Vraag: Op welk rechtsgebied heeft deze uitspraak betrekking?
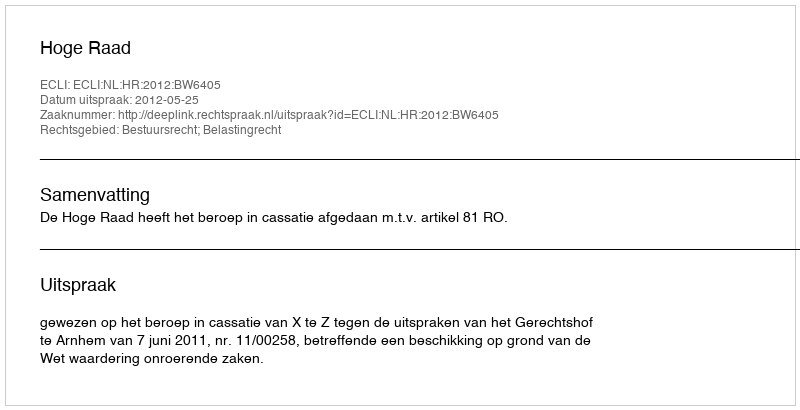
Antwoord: Bestuursrecht; Belastingrecht